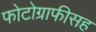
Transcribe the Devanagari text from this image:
फोटोग्राफीसह